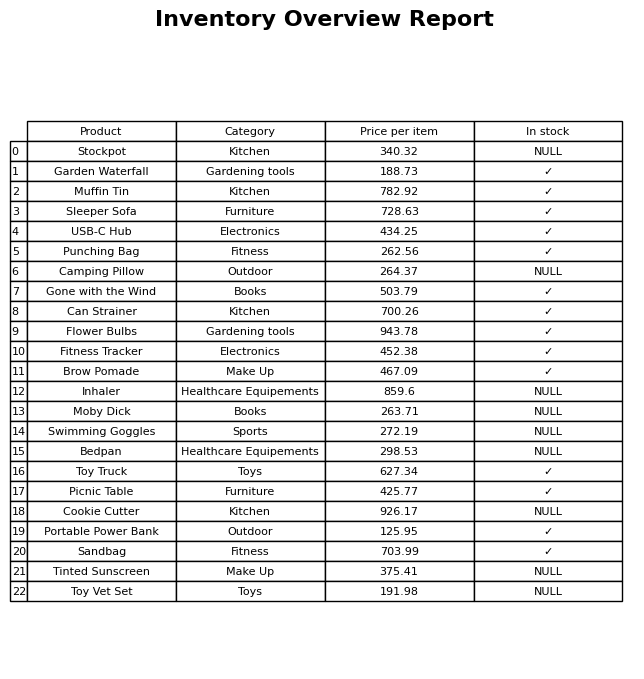
question: What is the price for Camping Pillow?
answer: The price of Camping Pillow is 264.37.